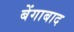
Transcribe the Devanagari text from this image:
बेंगाबाद